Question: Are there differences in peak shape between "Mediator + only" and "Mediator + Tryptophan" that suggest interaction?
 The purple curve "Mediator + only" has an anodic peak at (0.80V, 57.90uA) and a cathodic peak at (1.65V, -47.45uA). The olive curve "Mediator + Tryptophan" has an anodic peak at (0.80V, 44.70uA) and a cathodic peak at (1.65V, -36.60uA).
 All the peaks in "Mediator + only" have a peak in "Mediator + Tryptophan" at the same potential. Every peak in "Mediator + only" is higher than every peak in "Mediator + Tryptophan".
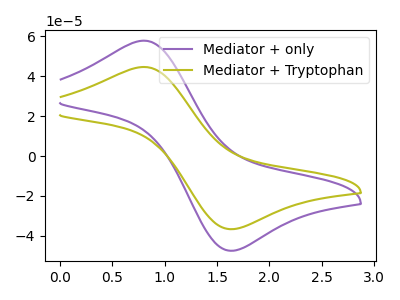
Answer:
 <answer>No, "Mediator + only" and "Mediator + Tryptophan" don't appear to be significantly different in shape</answer>
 <eval>no_change</eval>